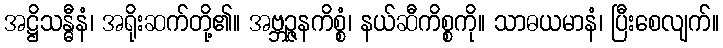
အဋ္ဌိသန္ဓီနံ၊ အရိုးဆက်တို့၏။ အဗ္ဘဉ္ဇနကိစ္စံ၊ နယ်ဆီကိစ္စကို။ သာဓယမာနံ၊ ပြီးစေလျက်။